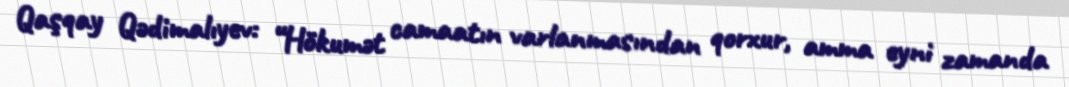
Qaşqay Qədimalıyev: “Hökumət camaatın varlanmasından qorxur, amma eyni zamanda